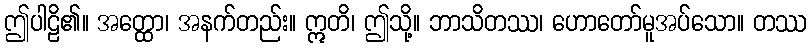
ဤပါဠိ၏။ အတ္ထော၊ အနက်တည်း။ ဣတိ၊ ဤသို့။ ဘာသိတဿ၊ ဟောတော်မူအပ်သော။ တဿ